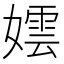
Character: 𡢅